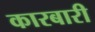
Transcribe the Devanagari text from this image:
कारबारी